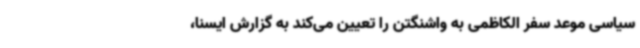
سیاسی موعد سفر الکاظمی به واشنگتن را تعیین می‌کند به گزارش ایسنا،